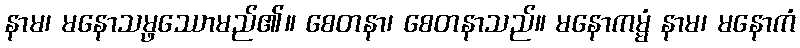
နာမ၊ မနောသမ္ဖဿောမည်၏။ စေတနာ၊ စေတနာသည်။ မနောကမ္မံ နာမ၊ မနောကံ